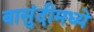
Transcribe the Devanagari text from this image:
बासुंदीमध्ये